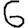
Digit: 6